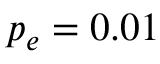
p _ { e } = 0 . 0 1